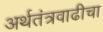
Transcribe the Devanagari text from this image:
अर्थतंत्रवाढीचा